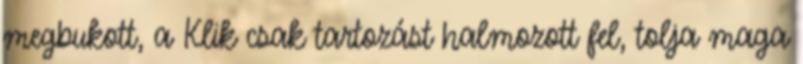
megbukott, a Klik csak tartozást halmozott fel, tolja maga